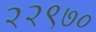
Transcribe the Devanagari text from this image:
२२९७०